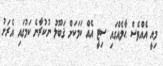
މިއީ އެއްވެސް ޙާލެއްގައި ސިޓީ އެއް ކަމަކަށް ޤަބޫލު ނުކުރާނެ ކަމުގައި އެރަށު